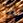
أسر